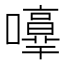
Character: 𡃥